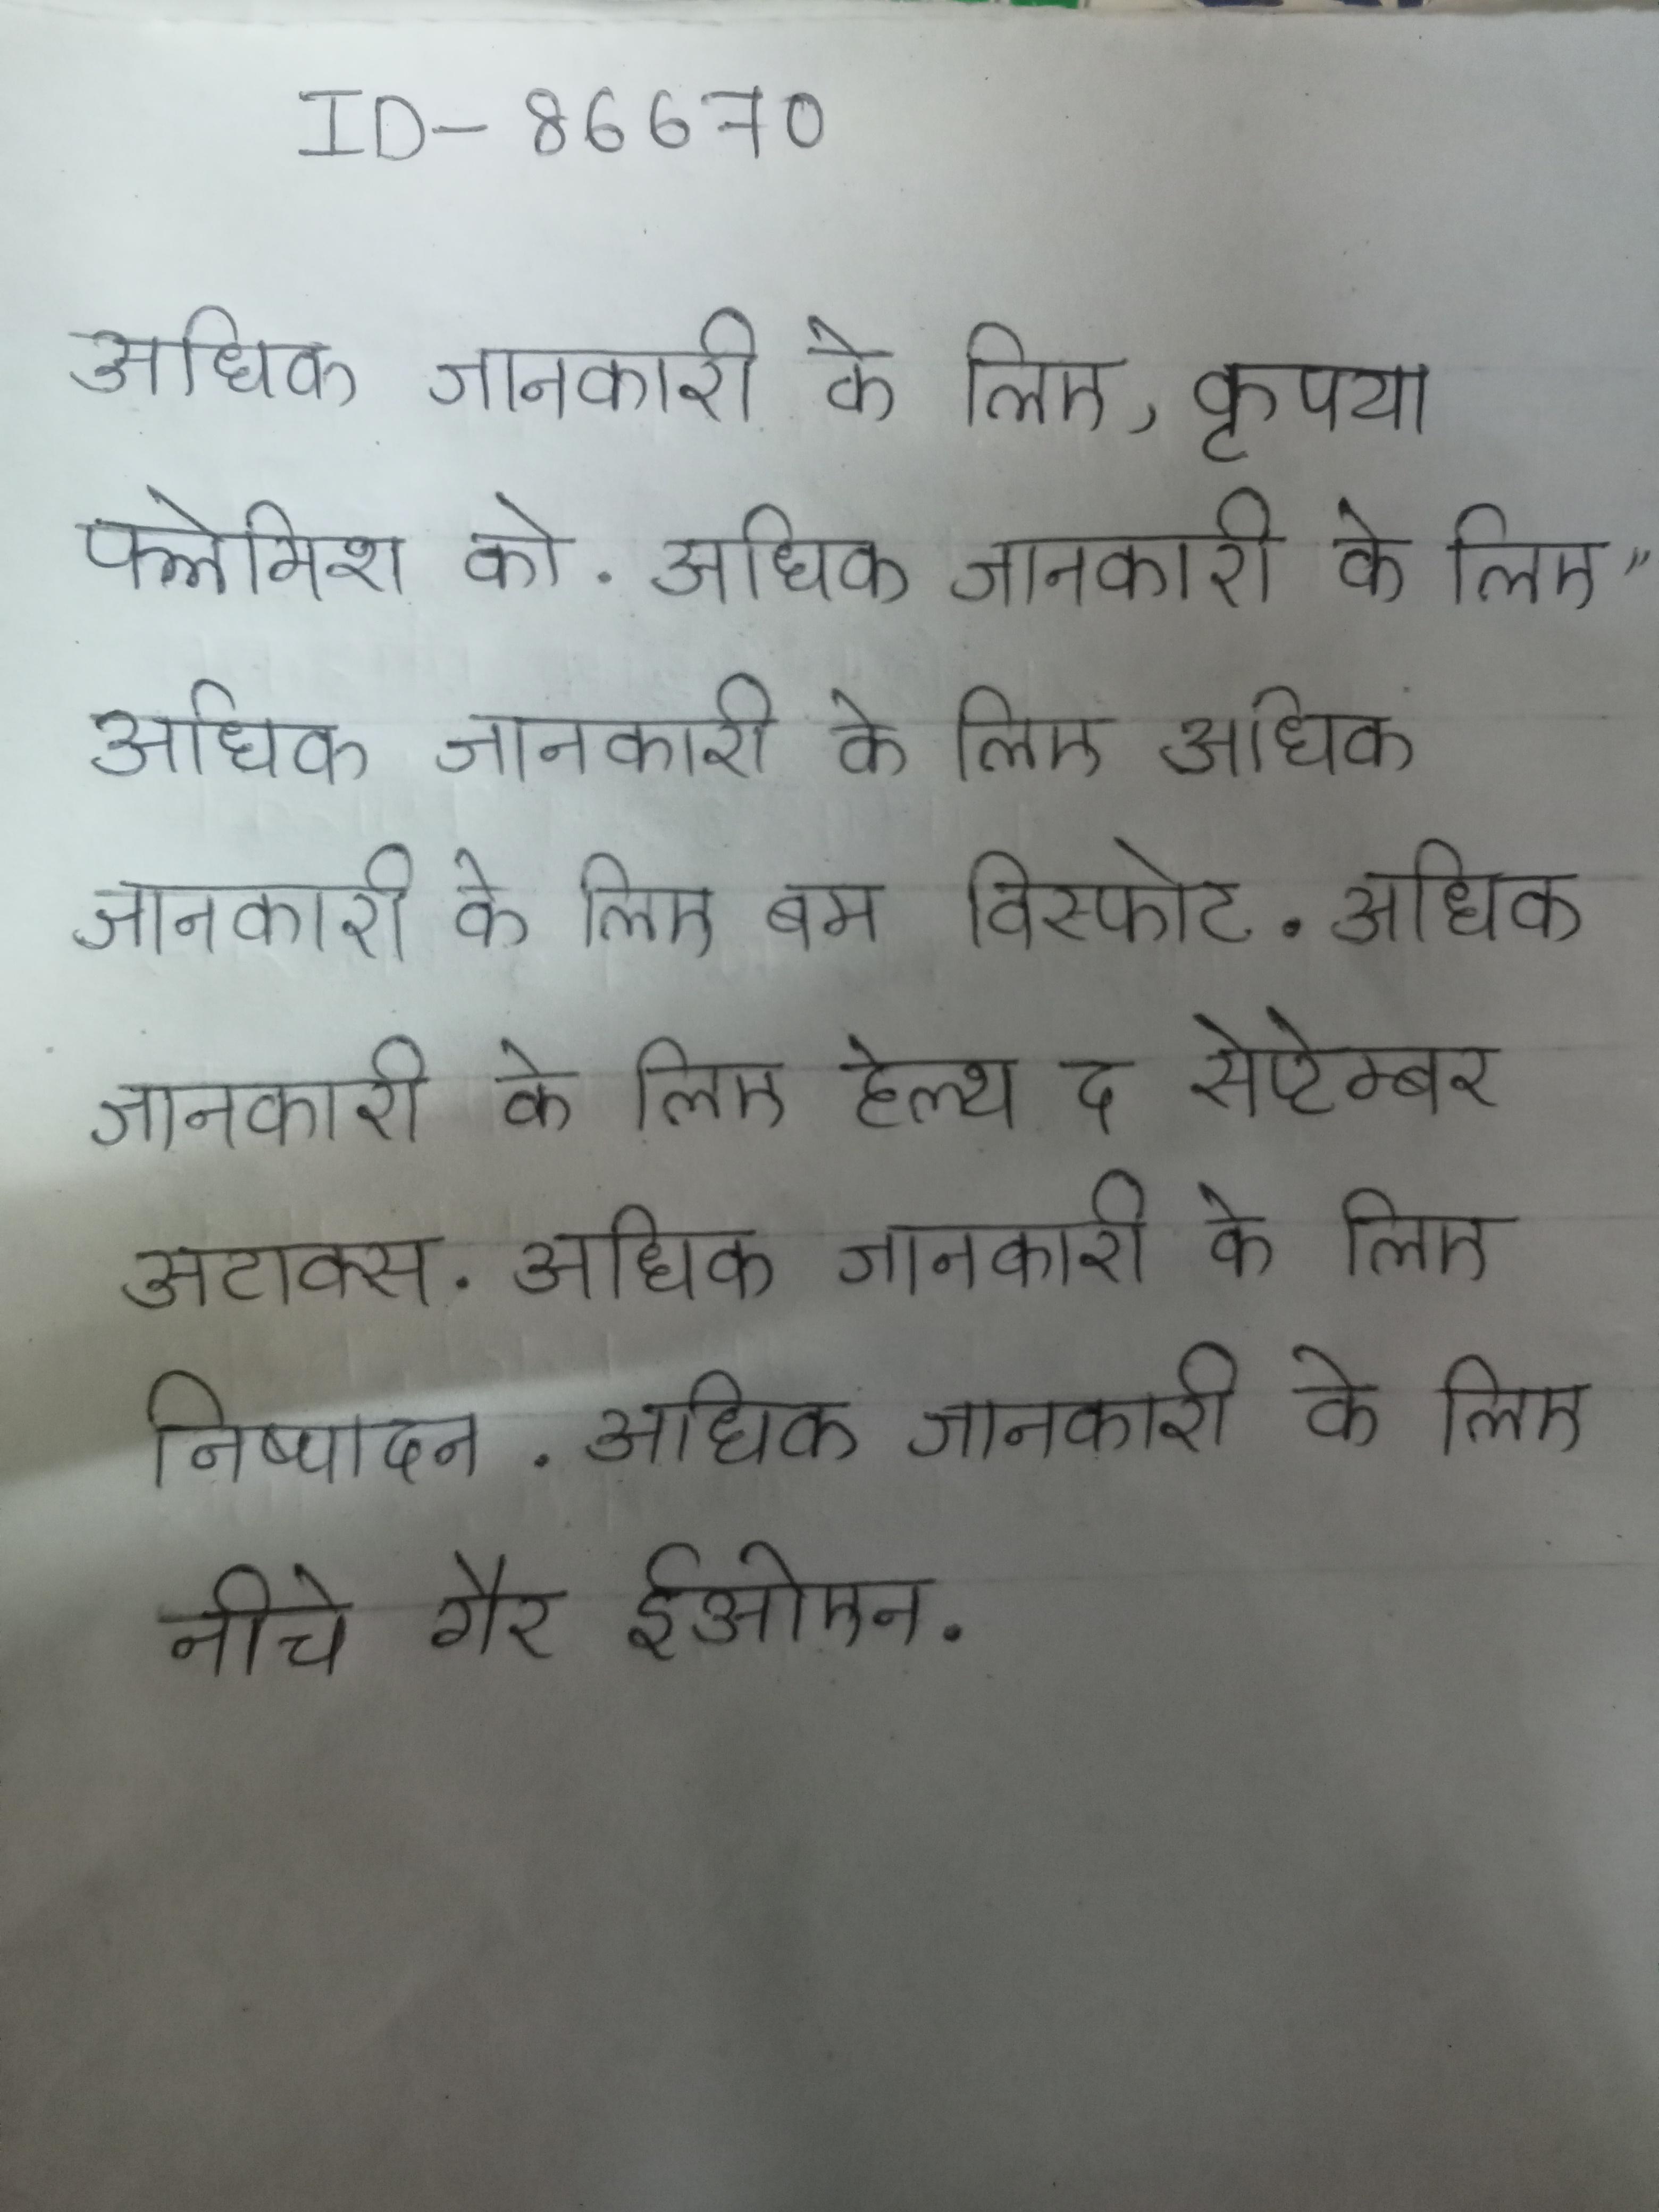
अधिक जानकारी के लिए, कृपया फ्लेमिश को . अधिक जानकारी के लिए " अधिक जानकारी के लिए अधिक जानकारी के लिए बम विस्फोट . अधिक जानकारी के लिए हेल्थ द सेप्टेम्बर अटाक्स . अधिक जानकारी के लिए निष्पादन . अधिक जानकारी के लिए नीचे गैर ईओएन .